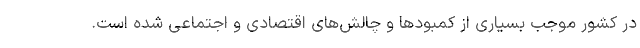
در کشور موجب بسیاری از کمبودها و چالش‌های اقتصادی و اجتماعی شده است.